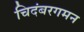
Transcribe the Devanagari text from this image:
चिदंबरगमन